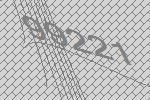
99221